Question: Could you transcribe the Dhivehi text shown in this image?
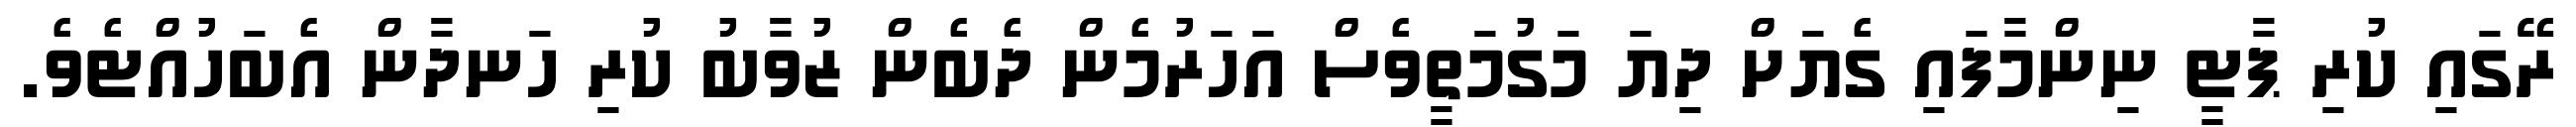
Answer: ރޭގައި ކުރި ޕާޓީ ނިންމާފައި ގެޔަށް ދިޔަ މަގުމަތީވެސް އަހަރުމެން ދެބެން ޒުވާބު ކުރި ހަނދާން އެބަހުއްޓެވެ.